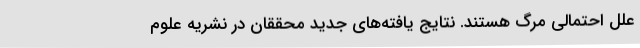
علل احتمالی مرگ هستند. نتایج یافته‌های جدید محققان در نشریه علوم